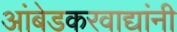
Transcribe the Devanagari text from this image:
आंबेडकरवाद्यांनी